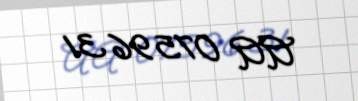
AA 0759631